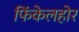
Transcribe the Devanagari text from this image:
फिंकेलहोर